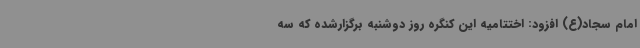
امام سجاد(ع) افزود: اختتامیه این کنگره روز دوشنبه برگزارشده که سه